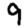
Digit: 9